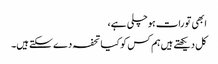
ابھی تو رات ہو چلی ہے،
کل دیکھتے ہیں ہم کس کو کیا تحفہ دے سکتے ہیں۔